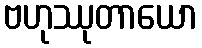
ဗဟုဿုတာယော